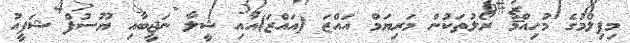
މިފިލްމުގެ މުހިއްމު ރޯލުތަކުން މަރިޔަމް އައްޒަ (އައްޒަ)އާއި ޝީލާ ނަޖީބާއި ޔޫސުފް ޝަފީއު